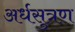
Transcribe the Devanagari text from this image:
अर्धसुत्रण